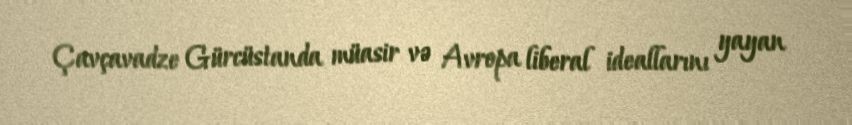
Çavçavadze Gürcüstanda müasir və Avropa liberal ideallarını yayan